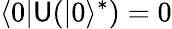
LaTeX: \langle0|\mathsf{U}(|0\rangle^{*})=0